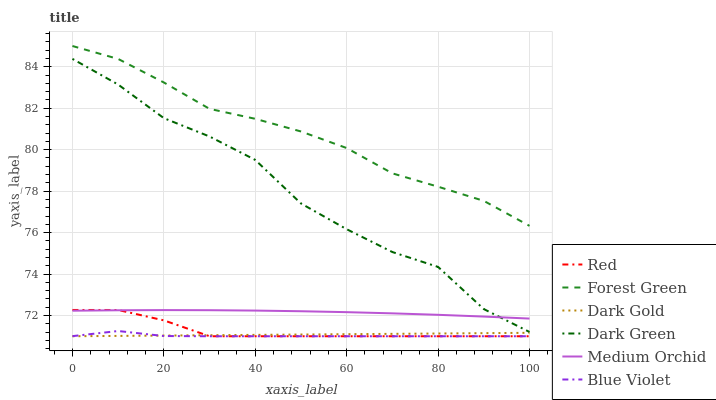
| xaxis_label | Red | Forest Green | Dark Gold | Dark Green | Medium Orchid | Blue Violet |
 | --- | --- | --- | --- | --- | --- | --- |
 | 0 | 72.3 | 85 | 71 | 84.4 | 72.2 | 71 |
 | 10 | 72.3 | 84.4 | 71 | 83.1 | 72.3 | 71.3 |
 | 20 | 71.8 | 83.2 | 71 | 81.5 | 72.3 | 71 |
 | 30 | 71 | 82 | 71 | 80.6 | 72.3 | 71 |
 | 40 | 71 | 81.5 | 71.1 | 79.5 | 72.2 | 71 |
 | 50 | 71 | 80.9 | 71.1 | 77.4 | 72.2 | 71 |
 | 60 | 71 | 80.1 | 71.1 | 76.2 | 72.2 | 71 |
 | 70 | 71 | 78.9 | 71.1 | 75.1 | 72.1 | 71 |
 | 80 | 71 | 78.2 | 71.1 | 74.3 | 72 | 71 |
 | 90 | 71 | 77.5 | 71.1 | 72.3 | 71.9 | 71 |
 | 100 | 71 | 76.3 | 71.2 | 71.2 | 71.9 | 71 |